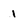
Character: 1